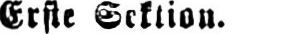
Erste Sektion.